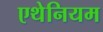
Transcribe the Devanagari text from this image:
एथेनियम